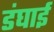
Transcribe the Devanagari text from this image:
डंघाई